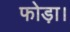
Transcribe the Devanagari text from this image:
फोड़ा।